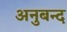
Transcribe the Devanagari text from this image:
अनुबन्द